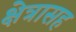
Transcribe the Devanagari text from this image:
क्षेत्रासह